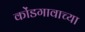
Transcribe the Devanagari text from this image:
कोंडगावाच्या